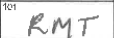
Transcription: RMT